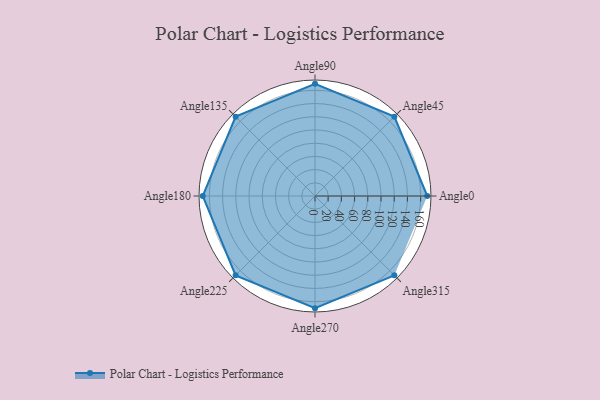
{"axis": {"x": "Angle", "y": "Radius"}, "legend": [""], "data": [{"x": "Angle0", "y": 170, "type": ""}, {"x": "Angle45", "y": 170, "type": ""}, {"x": "Angle90", "y": 170, "type": ""}, {"x": "Angle135", "y": 170.0, "type": ""}, {"x": "Angle180", "y": 170, "type": ""}, {"x": "Angle225", "y": 170, "type": ""}, {"x": "Angle270", "y": 170, "type": ""}, {"x": "Angle315", "y": 170.0, "type": ""}]}